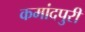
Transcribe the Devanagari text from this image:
कमांदपुरी